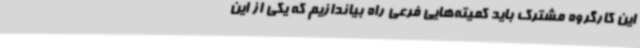
این کارگروه مشترک باید کمیته‌هایی فرعی راه بیاندازیم که یکی از این